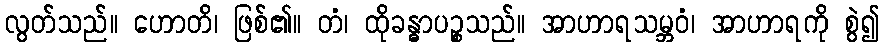
လွတ်သည်။ ဟောတိ၊ ဖြစ်၏။ တံ၊ ထိုခန္ဓာပဉ္စသည်။ အာဟာရသမ္ဘဝံ၊ အာဟာရကို စွဲ၍